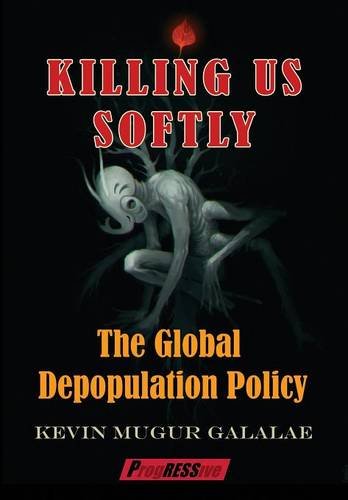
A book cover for Killing Us Softly: The Global Depopulation Policy; Kevin Mugur Galalae; Politics & Social Sciences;